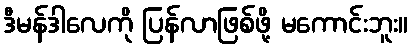
ဒီမန်ဒါလေကို ပြန်လာဖြစ်ဖို့ မကောင်းဘူး။